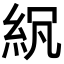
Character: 𥿒